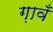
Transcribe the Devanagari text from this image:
ग़ावँ